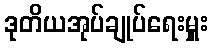
ဒုတိယအုပ်ချုပ်ရေးမှူး